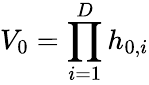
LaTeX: V_{0}=\prod_{i=1}^{D}h_{0,i}